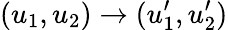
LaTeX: (u_{1},u_{2})\rightarrow(u_{1}^{\prime},u_{2}^{\prime})